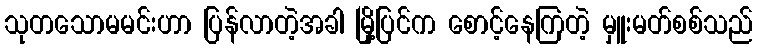
သုတသောမမင်းဟာ ပြန်လာတဲ့အခါ မြို့ပြင်က စောင့်နေကြတဲ့ မှူးမတ်စစ်သည်